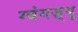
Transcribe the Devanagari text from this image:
ग्वंगज़्यू